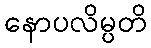
နောပလိမ္ပတိ